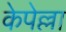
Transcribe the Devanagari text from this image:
केपेल्ला